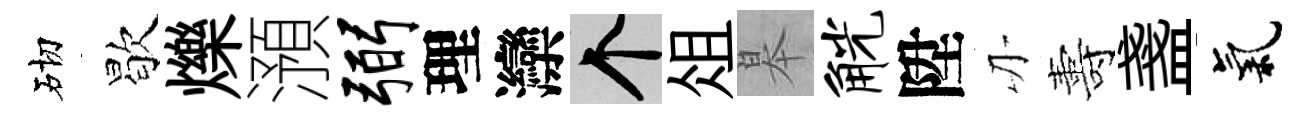
砌歇爍澦弼理灤个俎皋觥陞刃夀盞氣